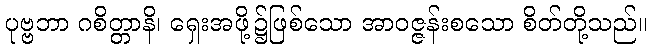
ပုဗ္ဗဘာ ဂစိတ္တာနိ၊ ရှေးအဖို့၌ဖြစ်သော အာဝဇ္ဇန်းစသော စိတ်တို့သည်။